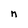
Character: n